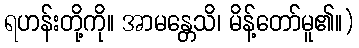
ရဟန်းတို့ကို။ အာမန္တေသိ၊ မိန့်တော်မူ၏။)